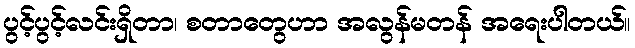
ပွင့်ပွင့်လင်းရှိတာ၊ စတာတွေဟာ အလွန်မတန် အရေးပါတယ်။